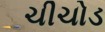
ચીચોડ